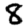
Digit: 8